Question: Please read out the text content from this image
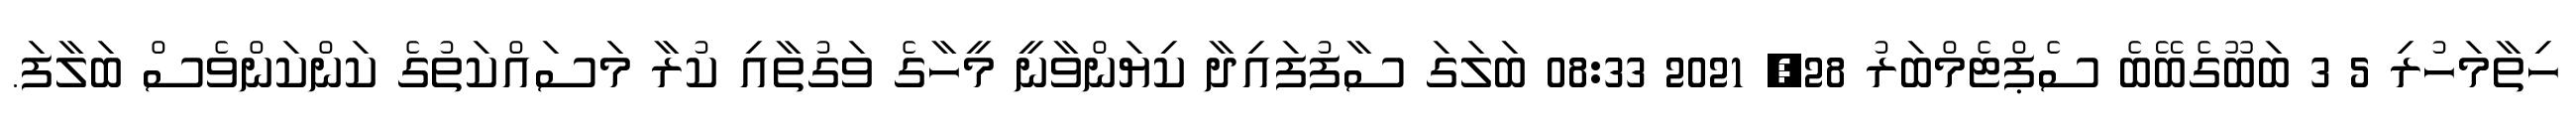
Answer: ހިތާމަހުރި 5 3 ބަބޫގެބޭބެ ސެޕްޓެމްބަރު 28, 2021 08:33 ބަލަގަ ސާފުފައިދާ ކިޔަންވާނީ މީހާގެ ވަގުތާއި ކުރާ މަސައްކަތުގެ ކަންކަންވެސް ބަލާފަ.